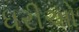
ધરીઓ